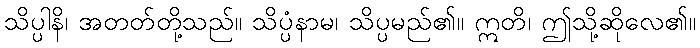
သိပ္ပါနိ၊ အတတ်တို့သည်။ သိပ္ပံနာမ၊ သိပ္ပမည်၏။ ဣတိ၊ ဤသို့ဆိုလေ၏။